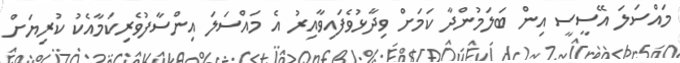
މައްސަލަ އޭސީސީ އިން ބަލަމުންދާ ކަމަށް ވިދާޅުވެފައިވާއިރު އެ މައްސަލަ އިންސާފުވެރިކަމާއެކު ކުރިޔަށް